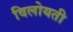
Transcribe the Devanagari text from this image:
विलोयती